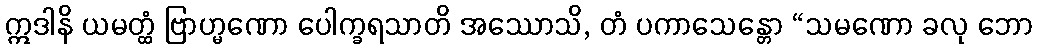
ဣဒါနိ ယမတ္ထံ ဗြာဟ္မဏော ပေါက္ခရသာတိ အဿောသိ, တံ ပကာသေန္တော “သမဏော ခလု ဘော